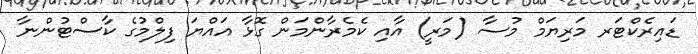
ޑައިރެކްޓަރ މަރިޔަމް މުސާ (މަރީ) އާއި ކެމެރާންމަން ގޮޅާ އައްޔަ ފިލްމުގެ ކާސްޓުންނާ